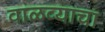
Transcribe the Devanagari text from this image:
वाळव्याचा